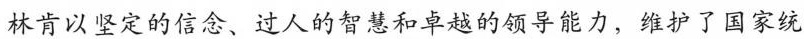
林肯以坚定的信念、过人的智慧和卓越的领导能力，维护了国家统